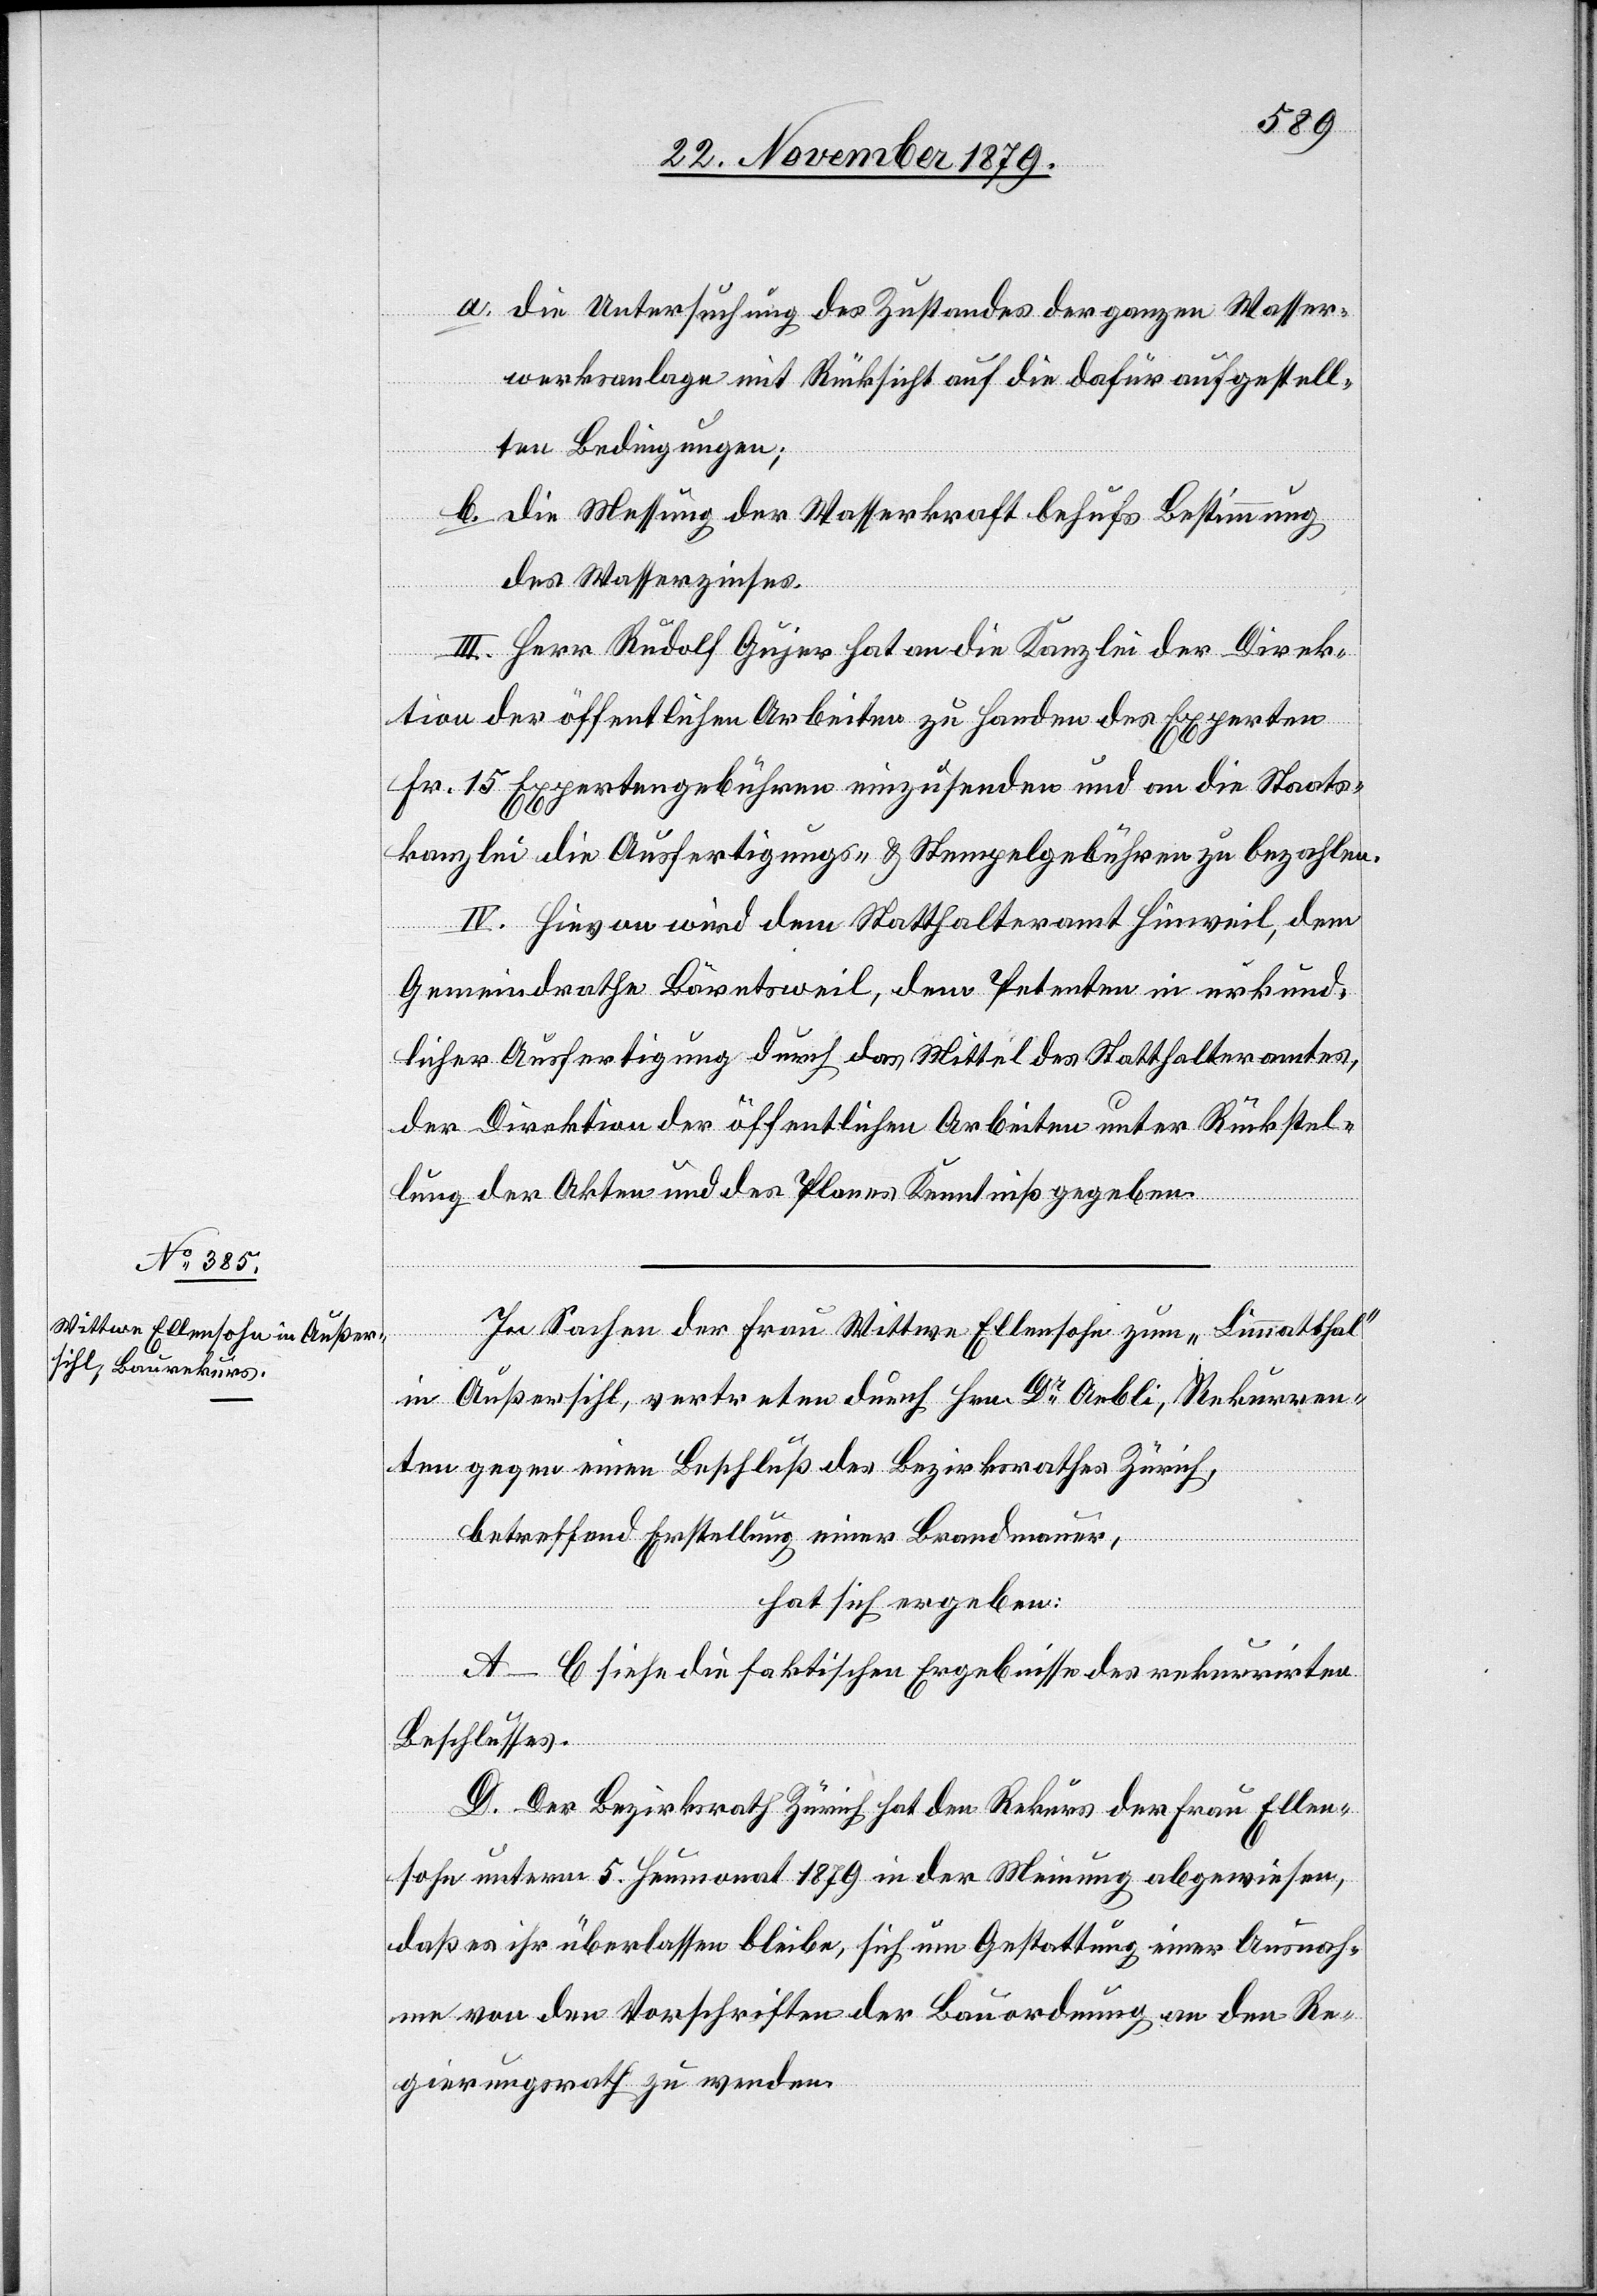
a. die Untersuchung des Zustandes der ganzen Wasser¬
werksanlage mit Rücksicht auf die dafür aufgestell¬
ten Bedingungen;
b. die Messung der Wasserkraft behufs Bestimmung
des Wasserzinses.
III. Herr Rudolf Gujer hat an die Kanzlei der Direk¬
tion der öffentlichen Arbeiten zu Handen des Experten
Fr. 15 Expertengebühren einzusenden und an die Staats¬
kanzlei die Ausfertigungs- & Stempelgebühren zu bezahlen.
IV. Hievon wird dem Statthalteramt Hinweil, dem
Gemeindrathe Bäretsweil, dem Petenten in urkund¬
licher Ausfertigung durch das Mittel des Statthalteramtes,
der Direktion der öffentlichen Arbeiten unter Rückstel¬
lung der Akten und des Planes Kenntniß gegeben.
In Sachen der Frau Wittwe Ellensohn zum „Limmatthal“
in Außersihl, vertreten durch Hrn. Dr. Aebli, Rekurren¬
ten gegen einen Beschluß des Bezirksrathes Zürich,
betreffend Erstellung einer Brandmauer,
hat sich ergeben:
A.–C. siehe die faktischen Ergebnisse des rekurrirten
Beschlusses.
D. Der Bezirksrath Zürich hat den Rekurs der Frau Ellen¬
sohn unterm 5. Heumonat 1879 in der Meinung abgewiesen,
daß es ihr überlassen bleibe, sich um Gestattung einer Ausnah¬
me von den Vorschriften der Bauordnung an den Re¬
gierungsrath zu wenden.